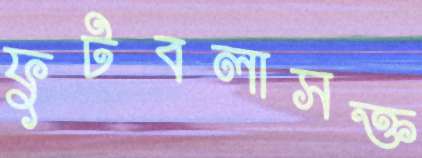
ফুটবলাসক্ত